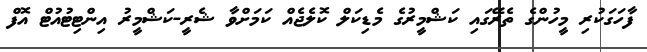
ފާހަގަކުރި މީހުންގެ ތެރޭގައި ކަޝްމީރުގެ މެޑިކަލް ކޮލެޖެއް ކަމަށްވާ ޝެރީ-ކަޝްމީރު އިންޓިޓުއުޓް އޮފް